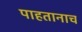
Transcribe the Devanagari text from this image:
पाहतानाच